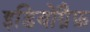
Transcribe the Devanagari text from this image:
इडियोग्रैफ़